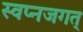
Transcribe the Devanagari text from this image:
स्वप्नजगत्‌